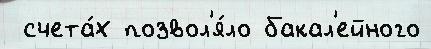
 счета́х позвол'я́ло бакал'ейного